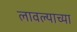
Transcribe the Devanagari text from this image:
लावल्याच्या